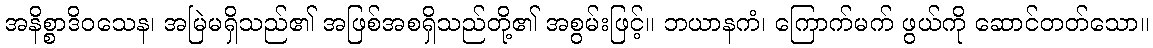
အနိစ္စာဒိဝသေန၊ အမြဲမရှိသည်၏ အဖြစ်အစရှိသည်တို့၏ အစွမ်းဖြင့်။ ဘယာနကံ၊ ကြောက်မက် ဖွယ်ကို ဆောင်တတ်သော။